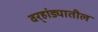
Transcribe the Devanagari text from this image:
वर्‍हांड्यातील